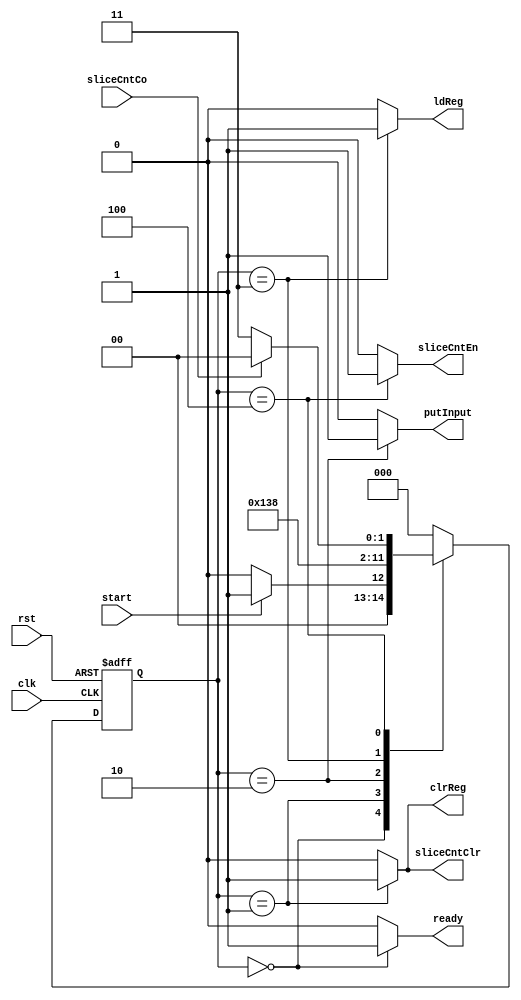
module AddRcController (clk, rst, start, sliceCntCo, sliceCntEn, sliceCntClr, ldReg, clrReg, ready, putInput);
    localparam Idle  = 3'b000,
               Init  = 3'b001,
               Start = 3'b010,
               Calc  = 3'b011,
               Res   = 3'b100;

    input clk, rst, start, sliceCntCo;
    output reg sliceCntEn, sliceCntClr, ldReg, clrReg, ready, putInput;

    reg [2:0] pstate, nstate;

    always @(pstate or start or sliceCntCo) begin
        nstate = Idle;
        case (pstate)
            Idle:  nstate = start ? Init : Idle;
            Init:  nstate = Start;
            Start: nstate = Calc;
            Calc:  nstate = Res;
            Res:   nstate = sliceCntCo ? Idle : Calc;
            default:;
        endcase
    end

    always @(pstate) begin
        {sliceCntEn, sliceCntClr, ldReg, clrReg, ready, putInput} = 6'd0;
        case (pstate)
            Idle:  ready = 1'b1;
            Init:  {sliceCntClr, clrReg} = 2'b11;
            Start: putInput = 1'b1;
            Calc:  ldReg = 1'b1;
            Res:   sliceCntEn = 1'b1;
            default:;
        endcase
    end

    always @(posedge clk or posedge rst) begin
        if (rst)
            pstate <= Idle;
        else
            pstate <= nstate;
    end
endmodule